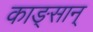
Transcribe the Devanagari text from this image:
काङ्सान्